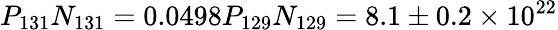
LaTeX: P_{131}N_{131}=0.0498P_{129}N_{129}=8.1\pm 0.2\times 10^{22}